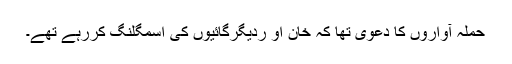
حملہ آواروں کا دعویٰ تھا کہ خان او ردیگرگائیوں کی اسمگلنگ کررہے تھے۔